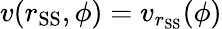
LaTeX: v(r_{\mathrm{SS}},\phi)=v_{r_{\mathrm{SS}}}(\phi)